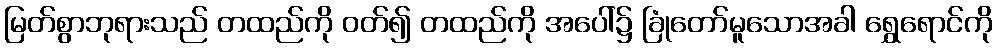
မြတ်စွာဘုရားသည် တထည်ကို ဝတ်၍ တထည်ကို အပေါ်၌ ခြုံတော်မူသောအခါ ရွှေရောင်ကို